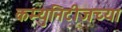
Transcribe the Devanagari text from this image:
कम्युनिटीजच्या